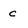
Character: c